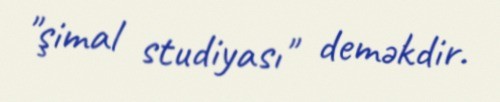
"şimal studiyası" deməkdir.